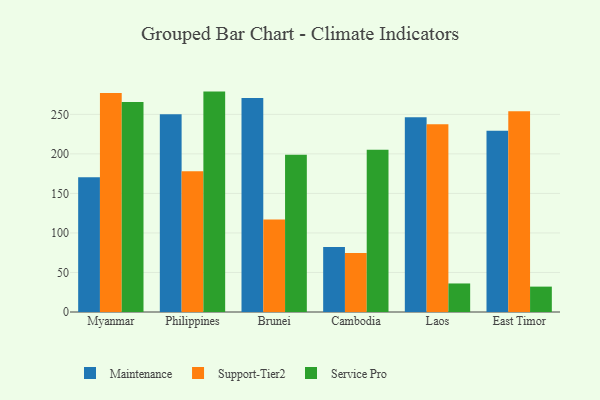
{"axis": {"x": "Country", "y": "Market Share (%)"}, "legend": ["Maintenance", "Service Pro", "Support-Tier2"], "data": [{"x": "Myanmar", "y": 170.3, "type": "Maintenance"}, {"x": "Myanmar", "y": 276.9, "type": "Support-Tier2"}, {"x": "Myanmar", "y": 265.8, "type": "Service Pro"}, {"x": "Philippines", "y": 250.3, "type": "Maintenance"}, {"x": "Philippines", "y": 178.1, "type": "Support-Tier2"}, {"x": "Philippines", "y": 278.8, "type": "Service Pro"}, {"x": "Brunei", "y": 270.6, "type": "Maintenance"}, {"x": "Brunei", "y": 117.0, "type": "Support-Tier2"}, {"x": "Brunei", "y": 199.0, "type": "Service Pro"}, {"x": "Cambodia", "y": 82.1, "type": "Maintenance"}, {"x": "Cambodia", "y": 74.7, "type": "Support-Tier2"}, {"x": "Cambodia", "y": 205.2, "type": "Service Pro"}, {"x": "Laos", "y": 246.3, "type": "Maintenance"}, {"x": "Laos", "y": 237.4, "type": "Support-Tier2"}, {"x": "Laos", "y": 36.1, "type": "Service Pro"}, {"x": "East Timor", "y": 229.2, "type": "Maintenance"}, {"x": "East Timor", "y": 254.0, "type": "Support-Tier2"}, {"x": "East Timor", "y": 32.1, "type": "Service Pro"}]}